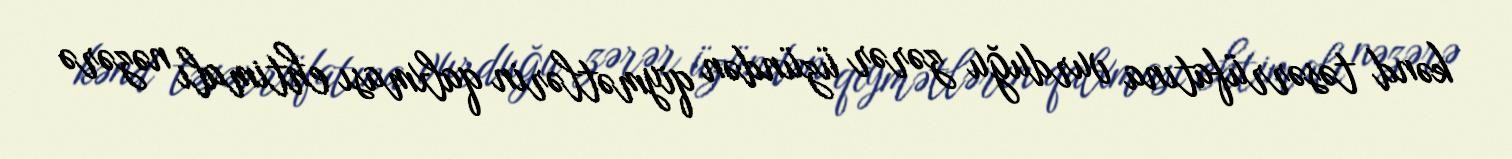
kənd təsərrüfatına vurduğu zərər üzündən qiymətlərin qalxması ehtimalı nəzərə